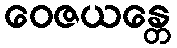
ဝေဇယန္တေ